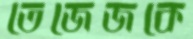
তেজেজকে